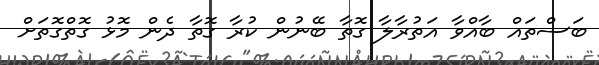
ބަސްތައް ބާއްވާ އަތުރާލާ ގޮތާ ބޭނުން ކުރާ ގޮތާ ދެން މޮޅު ގޮތްގޮތަށް